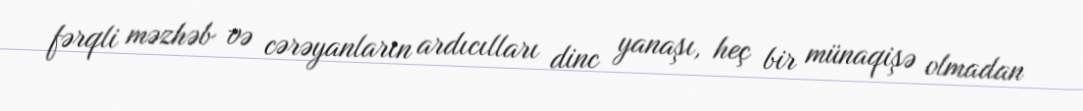
fərqli məzhəb və cərəyanların ardıcılları dinc yanaşı, heç bir münaqişə olmadan